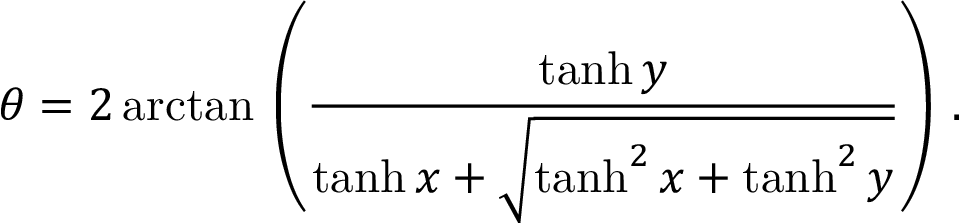
\theta = 2 \arctan \, \left( { \frac { \operatorname { t a n h } y } { \operatorname { t a n h } x + { \sqrt { \operatorname { t a n h } ^ { 2 } x + \operatorname { t a n h } ^ { 2 } y } } } } \right) \, .